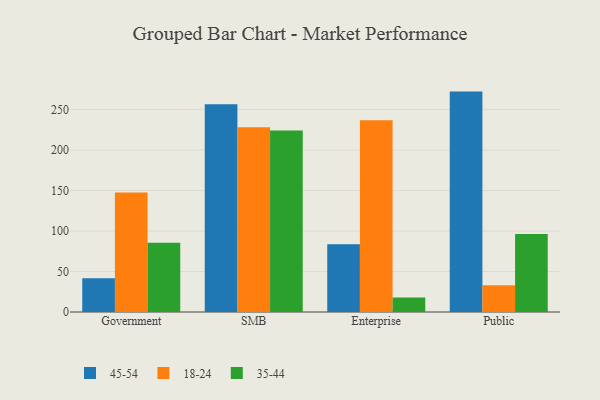
{"axis": {"x": "Segment", "y": "Tickets Resolved"}, "legend": ["18-24", "35-44", "45-54"], "data": [{"x": "Government", "y": 41.6, "type": "45-54"}, {"x": "Government", "y": 147.5, "type": "18-24"}, {"x": "Government", "y": 85.4, "type": "35-44"}, {"x": "SMB", "y": 256.7, "type": "45-54"}, {"x": "SMB", "y": 228.1, "type": "18-24"}, {"x": "SMB", "y": 224.3, "type": "35-44"}, {"x": "Enterprise", "y": 83.7, "type": "45-54"}, {"x": "Enterprise", "y": 236.9, "type": "18-24"}, {"x": "Enterprise", "y": 17.8, "type": "35-44"}, {"x": "Public", "y": 272.2, "type": "45-54"}, {"x": "Public", "y": 33.1, "type": "18-24"}, {"x": "Public", "y": 96.2, "type": "35-44"}]}